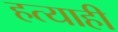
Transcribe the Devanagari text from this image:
हत्याही